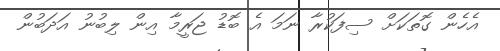
އެހެން ގޮތަކަށް ސިފަކުރާ ނަމަ އެ ބޮޑު ޖަރީމާ އިން ލިބުނު އަދަބުން